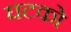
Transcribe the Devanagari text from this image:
घटको